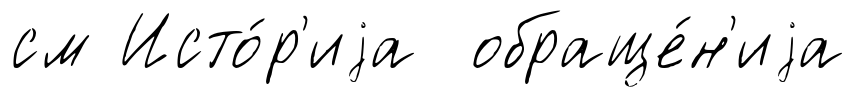
см Исто́р'иjа обраще́н'иjа